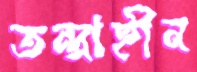
তন্দ্রাহীন